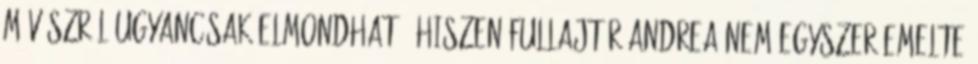
művészről ugyancsak elmondható, hiszen Fullajtár Andrea nem egyszer emelte